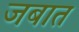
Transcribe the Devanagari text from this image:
जबात